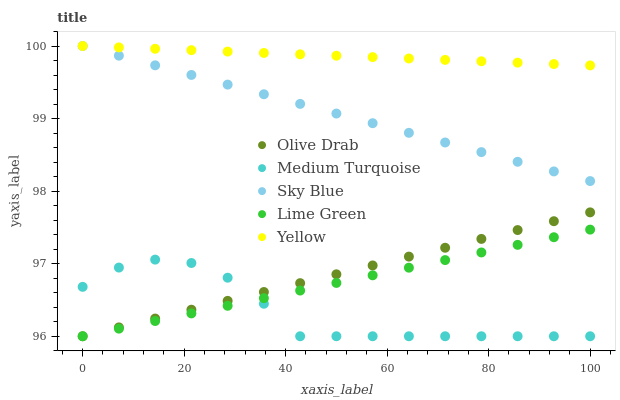
| xaxis_label | Olive Drab | Medium Turquoise | Sky Blue | Lime Green | Yellow |
 | --- | --- | --- | --- | --- | --- |
 | 0 | 96 | 96.7 | 100 | 96 | 100 |
 | 7.14 | 96.1 | 96.9 | 99.9 | 96.1 | 100 |
 | 14.3 | 96.2 | 97.1 | 99.7 | 96.2 | 100 |
 | 21.4 | 96.4 | 97 | 99.6 | 96.3 | 99.9 |
 | 28.6 | 96.5 | 96.8 | 99.5 | 96.4 | 99.9 |
 | 35.7 | 96.6 | 96.4 | 99.3 | 96.5 | 99.9 |
 | 42.9 | 96.7 | 96 | 99.2 | 96.6 | 99.9 |
 | 50 | 96.9 | 96 | 99.1 | 96.7 | 99.9 |
 | 57.1 | 97 | 96 | 98.9 | 96.8 | 99.8 |
 | 64.3 | 97.1 | 96 | 98.8 | 96.9 | 99.8 |
 | 71.4 | 97.2 | 96 | 98.7 | 97 | 99.8 |
 | 78.6 | 97.3 | 96 | 98.5 | 97.2 | 99.8 |
 | 85.7 | 97.5 | 96 | 98.4 | 97.3 | 99.8 |
 | 92.9 | 97.6 | 96 | 98.3 | 97.4 | 99.8 |
 | 100 | 97.7 | 96 | 98.1 | 97.5 | 99.7 |